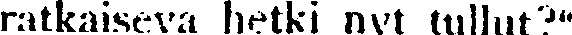
ratkaiseva hetki nyt tullut?''